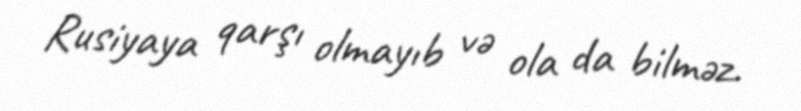
Rusiyaya qarşı olmayıb və ola da bilməz.